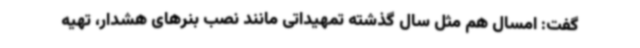
گفت: امسال هم مثل سال گذشته تمهیداتی مانند نصب بنرهای هشدار، تهیه